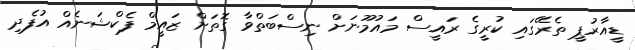
ޑީއާރުޕީ ތެރޭގައި ކުރީގެ ރައީސް މައުމޫނަށް ނިސްބަތްވާ ގޮތަށް ޒައީމް ފެކްޝަނެއް އުފެދި